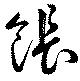
餦